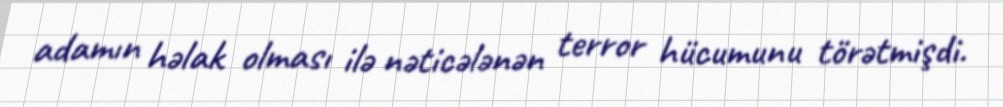
adamın həlak olması ilə nəticələnən terror hücumunu törətmişdi.